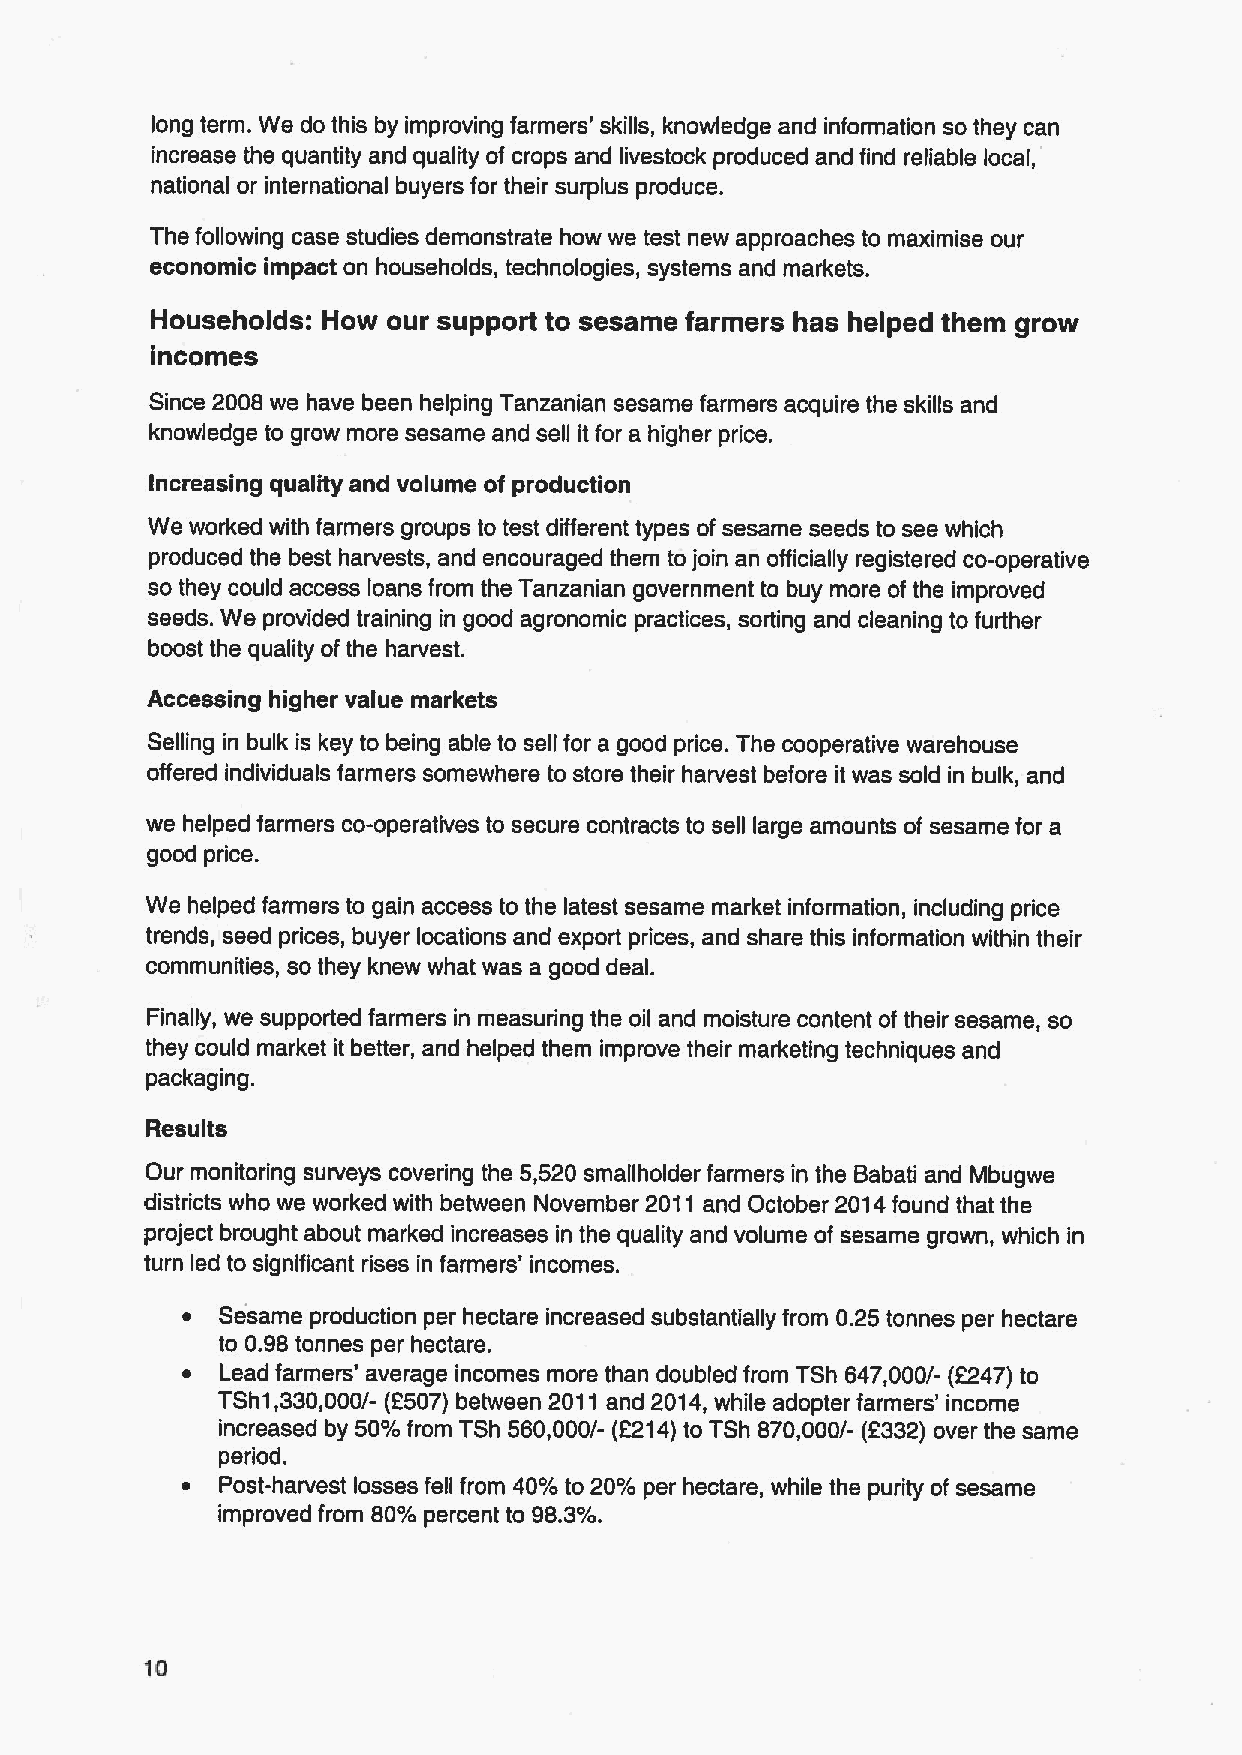
long term. We do this by improving farmers' skills, knowledge and information so they can
 increase the quantity and quality of crops and livestock produced and find reliable local,
 national or international buyers for their surplus produce.
 The following case studies demonstrate how we test new approaches to maximise our
 economic impact on households, technologies, systems and markets.
 Households: How our support to sesame farmers has helped them grow
 incomes
 Since 2008 we have been helping Tanzanian sesame farmers acquire the skills and
 knowledge to grow more sesame and sell it for a higher price.
 Increasing quality and volume of production
 We worked with farmers groups to test different types of sesame seeds to see which
 produced the best harvests, and encouraged them to join an officially registered co-operative
 so they could access loans from the Tanzanian government to buy more ofthe improved
 seeds. We provided training in good agronomic practices, sorting and cleaning to further
 boost the quality of the harvest.
 Accessing higher value markets
 Selling in bulk is key to being able to sell for a good price. The cooperative warehouse
 offered individuals farmers somewhere to store their harvest before it was sold in bulk, and
 we helped farmers co-operatives to secure contracts to sell large amounts of sesame for a
 good price.
 We helped farmers to gain access to the latest sesame market information, including price
 trends, seed prices, buyer locations and export prices, and share this information within their
 communities, so they knew what was a good deal.
 Finally, we supported farmers in measuring the oil and moisture content of their sesame, so
 they could market it better, and helped them improve their marketing techniques and
 packaging.
 Results
 Our monitoring surveys covering the 5,520 smallholder farmers in the Babati and Mbugwe
 districts who we worked with between November 2011 and October 2014found that the
 project brought about marked increases in the quality and volume of sesame grown, which in
 turn led to significant rises in farmers' incomes.
 ~ Sesame production per hectare increased substantially from 0.25 tonnes per hectare
 to 0.98tonnes per hectare.
 ~  Lead farmers' average incomes more than doubled from TSh 647,000/- (2247) to
 TSh1,330,000/- (2507) between 2011 and 2014,while adopter farmers' income
 increased by 50%from TSh 560,000/- (2214)to TSh 870,000/- (2332) over the same
 period.
 ~ Post-harvest losses fell from 40%to 20% per hectare, while the purity of sesame
 improved from 80%percent to 98.3%.
 10